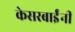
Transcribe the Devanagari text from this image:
केसरबाईंनी